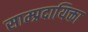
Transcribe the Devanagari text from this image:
साम्प्रदायिक्ता